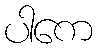
ပါကေ